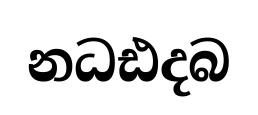
නධඪදබ